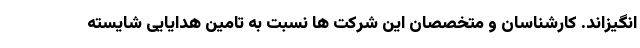
انگیزاند. کارشناسان و متخصصان این شرکت ها نسبت به تامین هدایایی شایسته